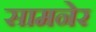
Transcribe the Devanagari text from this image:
सामनेर